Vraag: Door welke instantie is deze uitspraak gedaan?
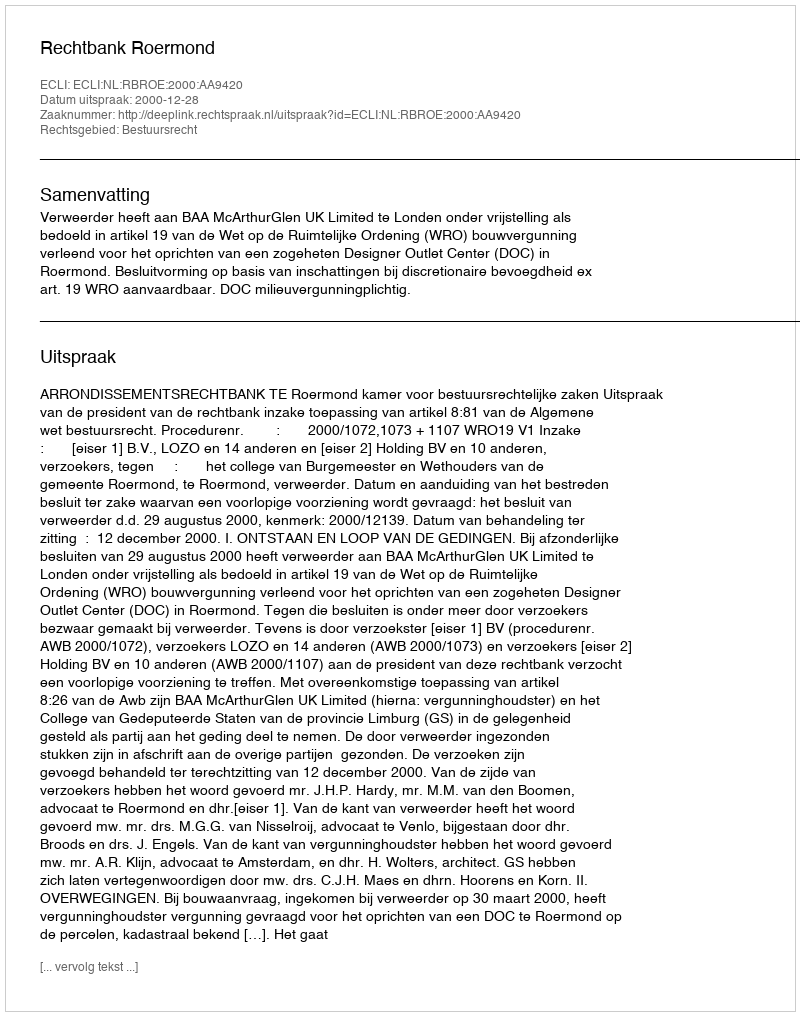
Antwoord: Rechtbank Roermond